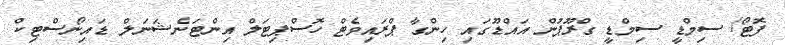
ފޮޓޯ/ ސިމްޑީ ސިމްޑީ ގްރޫޕުން އައްޑޫގައި ހިންގާ ޕްރައިވެޓް ހޮސްޕިޓަލް އިންޓަނެޝަނަލް ޑައިނޯސްޓިކް